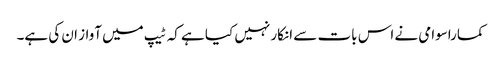
کماراسوامی نے اس بات سے انکار نہیں کیا ہے کہ ٹیپ میں آواز ان کی ہے۔